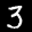
Label: 3